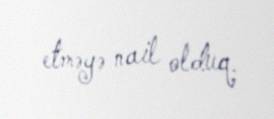
etməyə nail olduq.